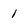
Character: 1